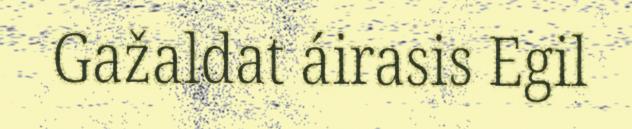
Gažaldat áirasis Egil